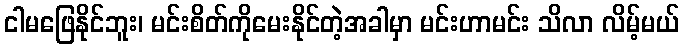
ငါမဖြေနိုင်ဘူး၊ မင်းစိတ်ကိုမေးနိုင်တဲ့အခါမှာ မင်းဟာမင်း သိလာ လိမ့်မယ်